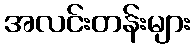
အလင်းတန်းများ